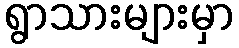
ရွာသားများမှာ